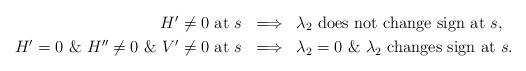
LaTeX: \begin{align*}\mbox{$H' \neq 0$ at $s$}\;& \; \Longrightarrow \;\;\mbox{$\lambda_2$ does not change sign at $s$},\\\mbox{$H'=0$ \& $H''\ne 0$ \& $V'\ne 0$ at $s$}\;& \; \Longrightarrow \;\;\mbox{$\lambda_2=0$ \& $\lambda_2$ changes sign at $s$}.\end{align*}